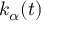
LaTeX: k _ { \alpha } ( t )